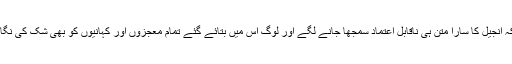
اس سے ممکن ہے کہ انجیل کا سارا متن ہی ناقابلِ اعتماد سمجھا جانے لگے اور لوگ اس میں بتائے گئے تمام معجزوں اور کہانیوں کو بھی شک کی نگاہ سے دیکھنے لگیں۔